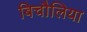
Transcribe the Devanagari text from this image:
बिचौलिया